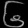
Digit: ၆